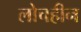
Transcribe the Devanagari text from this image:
लोचहीन